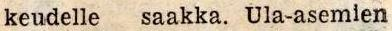
keudelle   saakka.  Ula-asemien